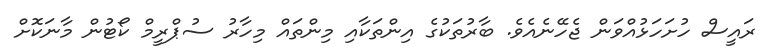
ރައީސް ހުށަހަޅުއްވަން ޖެހޭނެއެވެ. ބާރުތަކުގެ އިންތަކާއި މިންތައް މިހާރު ސުޕްރީމް ކޯޓުން މާނަކޮށް